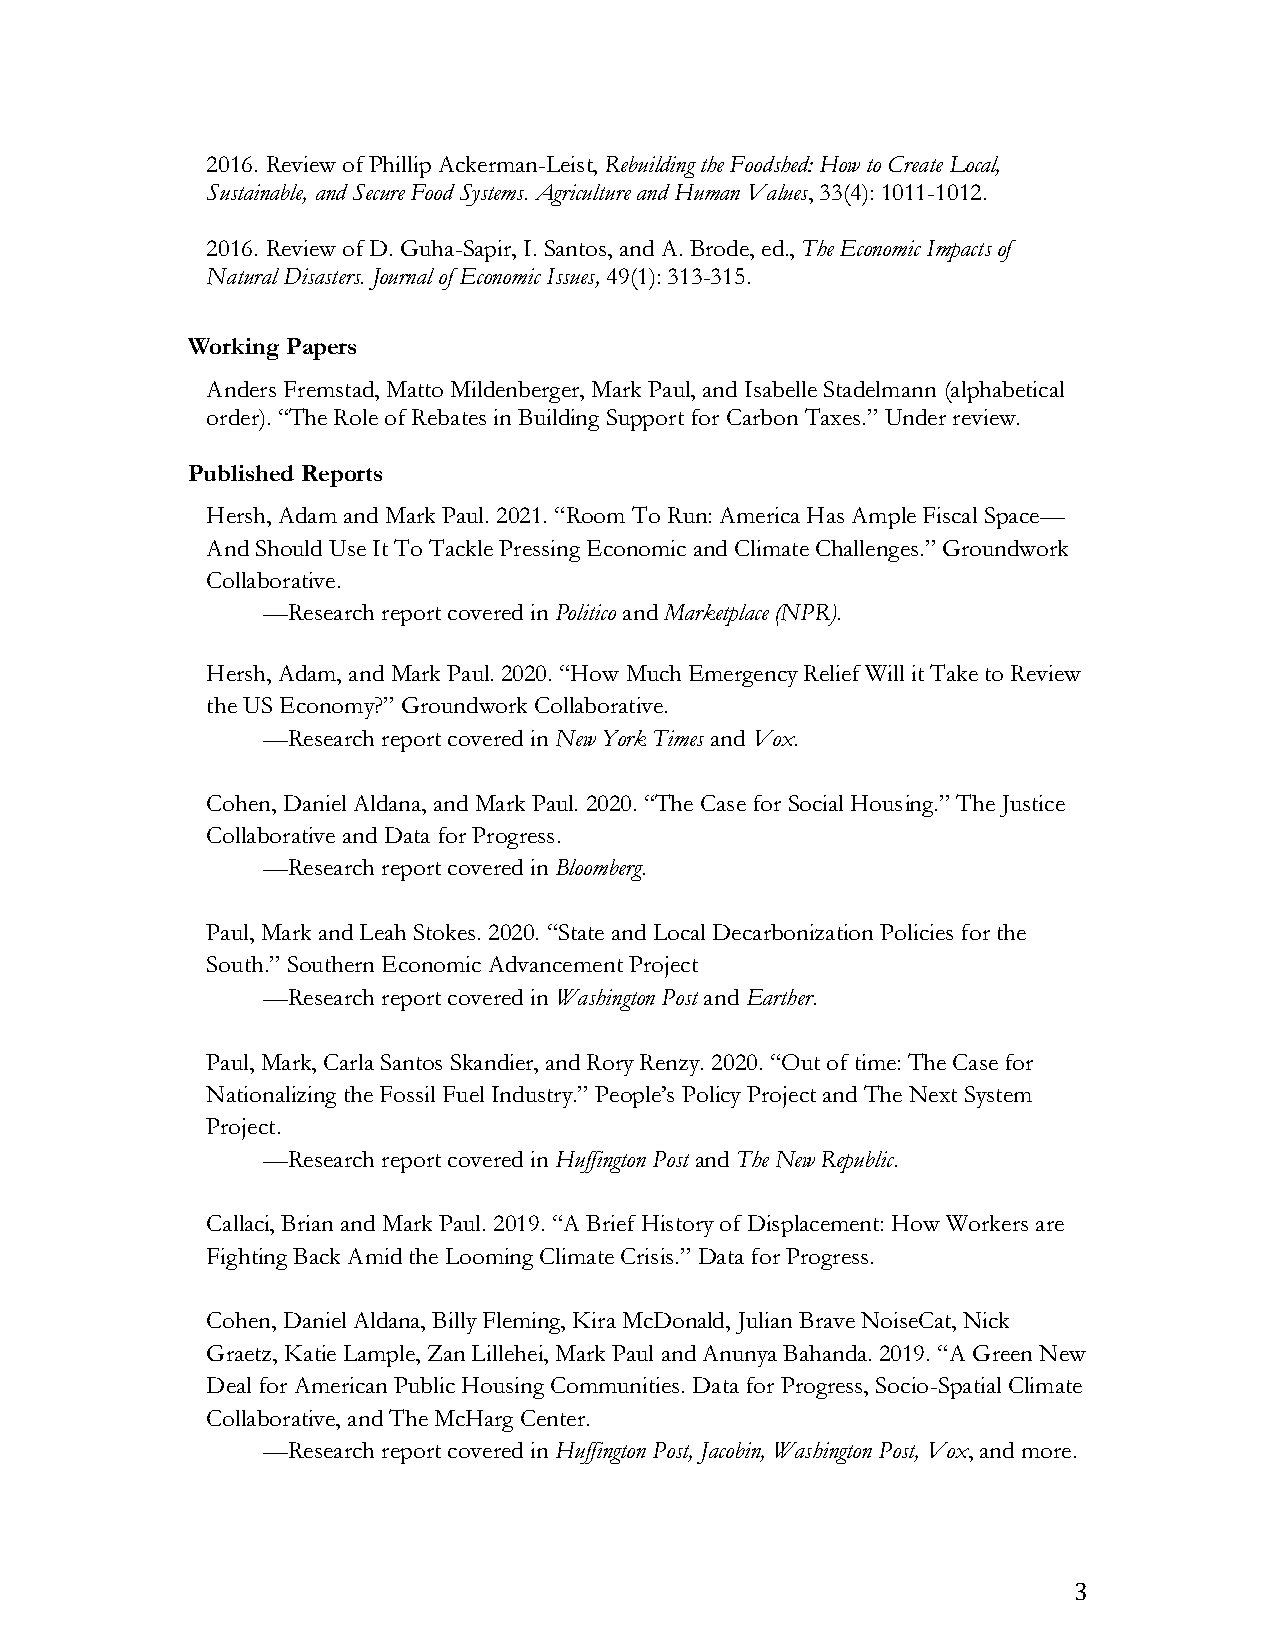
2016. Review of Phillip Ackerman-Leist, Rebuilding the Foodshed: How to Create Local,
 Sustainable, and Secure Food Systems. Agriculture and Human Values, 33(4): 1011-1012.
 2016. Review of D. Guha-Sapir, I. Santos, and A. Brode, ed., The Economic Impacts of
 Natural Disasters. Journal of Economic Issues, 49(1): 313-315.
 Working Papers
 Anders Fremstad, Matto Mildenberger, Mark Paul, and Isabelle Stadelmann (alphabetical
 order). “The Role of Rebates in Building Support for Carbon Taxes.” Under review.
 Published Reports
 Hersh, Adam and Mark Paul. 2021. “Room To Run: America Has Ample Fiscal Space—
 And Should Use It To Tackle Pressing Economic and Climate Challenges.” Groundwork
 Collaborative.
 —Research report covered in Politico and Marketplace (NPR).
 Hersh, Adam, and Mark Paul. 2020. “How Much Emergency Relief Will it Take to Review
 the US Economy?” Groundwork Collaborative.
 —Research report covered in New York Times and Vox.
 Cohen, Daniel Aldana, and Mark Paul. 2020. “The Case for Social Housing.” The Justice
 Collaborative and Data for Progress.
 —Research report covered in Bloomberg.
 Paul, Mark and Leah Stokes. 2020. “State and Local Decarbonization Policies for the
 South.” Southern Economic Advancement Project
 —Research report covered in Washington Post and Earther.
 Paul, Mark, Carla Santos Skandier, and Rory Renzy. 2020. “Out of time: The Case for
 Nationalizing the Fossil Fuel Industry.” People’s Policy Project and The Next System
 Project.
 —Research report covered in Huffington Post and The New Republic.
 Callaci, Brian and Mark Paul. 2019. “A Brief History of Displacement: How Workers are
 Fighting Back Amid the Looming Climate Crisis.” Data for Progress.
 Cohen, Daniel Aldana, Billy Fleming, Kira McDonald, Julian Brave NoiseCat, Nick
 Graetz, Katie Lample, Zan Lillehei, Mark Paul and Anunya Bahanda. 2019. “A Green New
 Deal for American Public Housing Communities. Data for Progress, Socio-Spatial Climate
 Collaborative, and The McHarg Center.
 —Research report covered in Huffington Post, Jacobin, Washington Post, Vox, and more.
 3